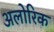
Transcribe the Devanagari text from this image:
अलोरिक